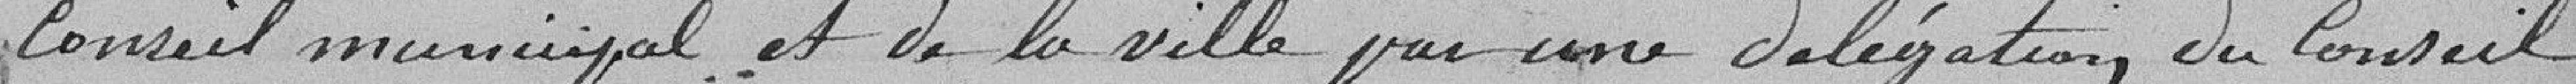
conseil municipal et de la ville par une délégation du conseil